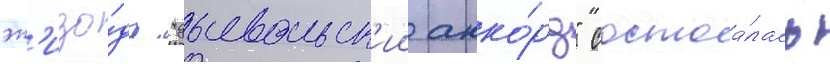
эп'изо́да "дьявольск'ии акко́рд" состоа́лась